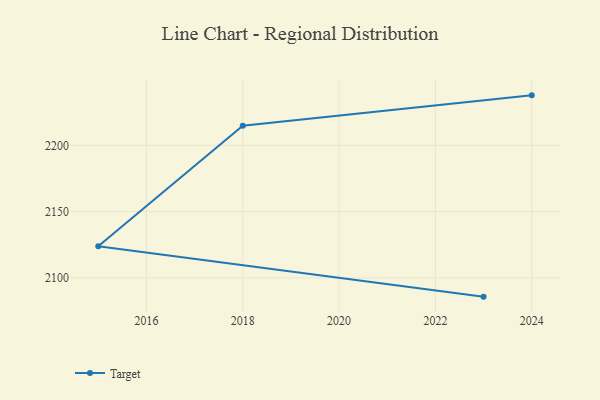
{"axis": {"x": "Year", "y": "Inventory Turnover"}, "legend": ["Target"], "data": [{"x": "2024", "y": 2237.7, "type": "Target"}, {"x": "2018", "y": 2214.8, "type": "Target"}, {"x": "2015", "y": 2123.8, "type": "Target"}, {"x": "2023", "y": 2085.8, "type": "Target"}]}